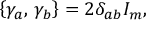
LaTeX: \left\{ \gamma _ { a } , \, \gamma _ { b } \right\} = 2 \delta _ { a b } I _ { m } ,